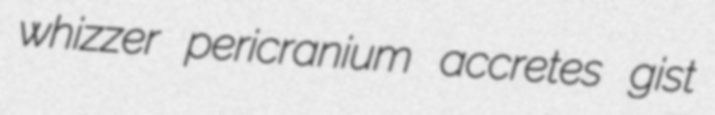
whizzer pericranium accretes gist